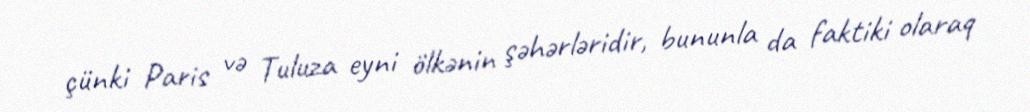
çünki Paris və Tuluza eyni ölkənin şəhərləridir, bununla da faktiki olaraq